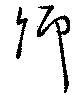
卿